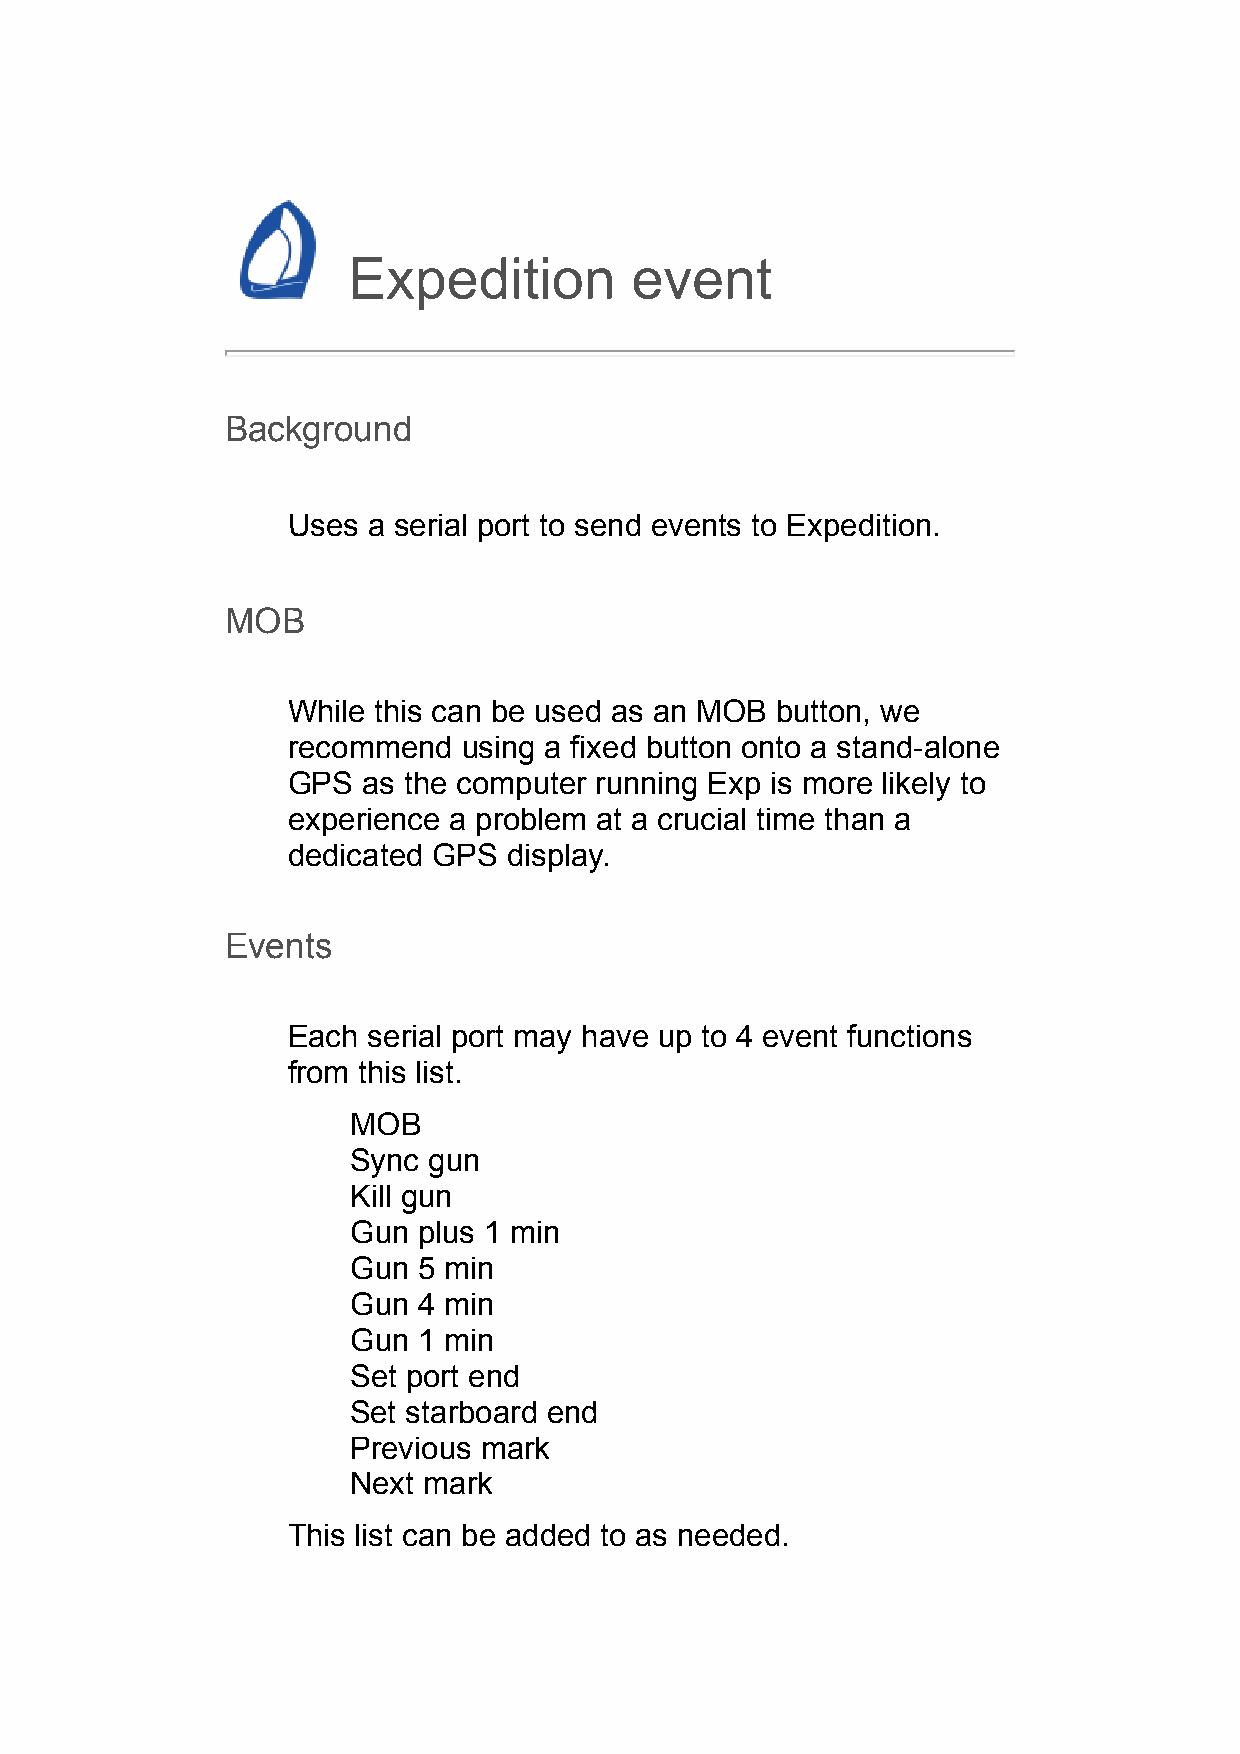
Expedition         event
 Background
 Uses a serial port to send events to Expedition.
 MOB
 While this can be used as an MOB button, we
 recommend   using a fixed button onto a stand-alone
 GPS  as the computer running Exp is more likely to
 experience a problem at a crucial time than a
 dedicated GPS  display.
 Events
 Each serial port may have up to 4 event functions
 from this list.
 MOB
 Sync gun
 Kill gun
 Gun  plus 1 min
 Gun  5 min
 Gun  4 min
 Gun  1 min
 Set port end
 Set starboard end
 Previous mark
 Next mark
 This list can be added to as needed.